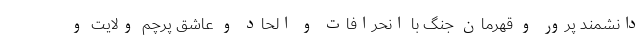
دانشمند پرور و قهرمان جنگ با انحرافات و الحاد و عاشق پرچم ولایت و